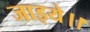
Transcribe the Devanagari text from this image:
जाइये।।